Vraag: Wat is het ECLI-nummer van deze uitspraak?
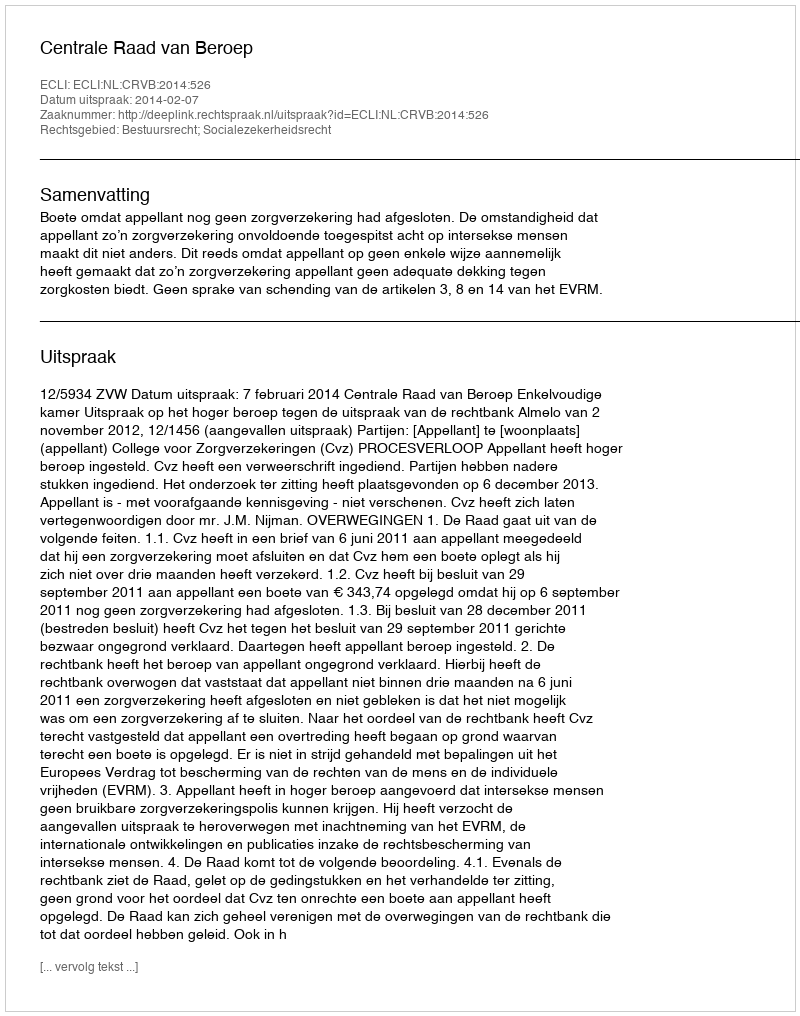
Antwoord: ECLI:NL:CRVB:2014:526